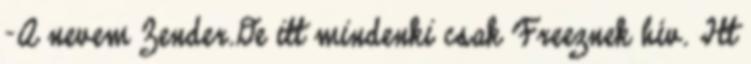
-A nevem Zender.De itt mindenki csak Freeznek hív. Itt